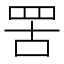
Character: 罟